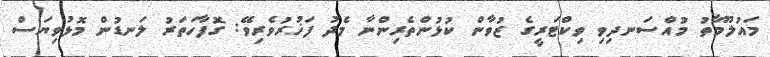
މައުލޫމާތު މުއްސަނދިވި ވިކްޓަރީގެ ޒުވާން ކުޅުންތެރިންނާ މެދު ފަޚުރުވެރިވޭ: ގޮފާހަތަރު ލަނޑުން މޮޅުވިޔަސް